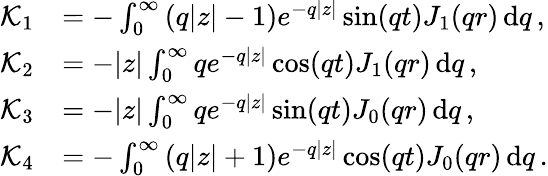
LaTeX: \begin{array}{rl}{\mathcal{K}_{1}}&{=-\int_{0}^{\infty}\left(q|z|-1\right)e^{-q|z|}\sin(qt)J_{1}(qr)\, \mathrm{d}q\, ,}\\ {\mathcal{K}_{2}}&{=-|z|\int_{0}^{\infty}qe^{-q|z|}\cos(qt)J_{1}(qr)\, \mathrm{d}q\, ,}\\ {\mathcal{K}_{3}}&{=-|z|\int_{0}^{\infty}qe^{-q|z|}\sin(qt)J_{0}(qr)\, \mathrm{d}q\, ,}\\ {\mathcal{K}_{4}}&{=-\int_{0}^{\infty}\left(q|z|+1\right)e^{-q|z|}\cos(qt)J_{0}(qr)\, \mathrm{d}q\, .}\end{array}